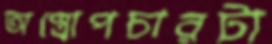
অস্ত্রোপচারটা